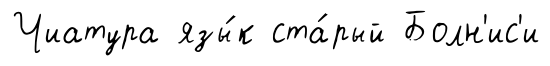
Чиатура язы́к ста́рый Болн'ис'и